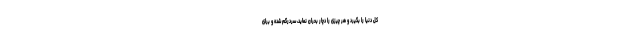
کل دنیا را بگیرد و هر چیزی را دچار بحران نماید، سردرگم شده و برای